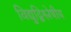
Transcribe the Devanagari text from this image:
विद्युद्विश्लेषीय